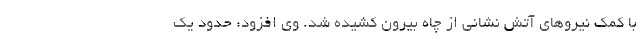
با کمک نیروهای آتش نشانی از چاه بیرون کشیده شد. وی افزود: حدود یک